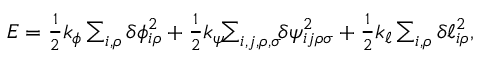
\begin{array} { r } { E = \frac { 1 } { 2 } k _ { \phi } \sum _ { i , \rho } \delta \phi _ { i \rho } ^ { 2 } + \frac { 1 } { 2 } k _ { \psi } \! \! \sum _ { i , j , \rho , \sigma } \! \! \delta \psi _ { i j \rho \sigma } ^ { 2 } + \frac { 1 } { 2 } k _ { \ell } \sum _ { i , \rho } \delta \ell _ { i \rho } ^ { 2 } , } \end{array}